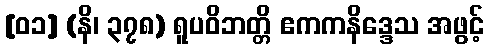
[၀၁] (နိ၊ ၃၇၈) ရူပဝိဘတ္တိ ဧကကနိဒ္ဒေသ အဖွင့်